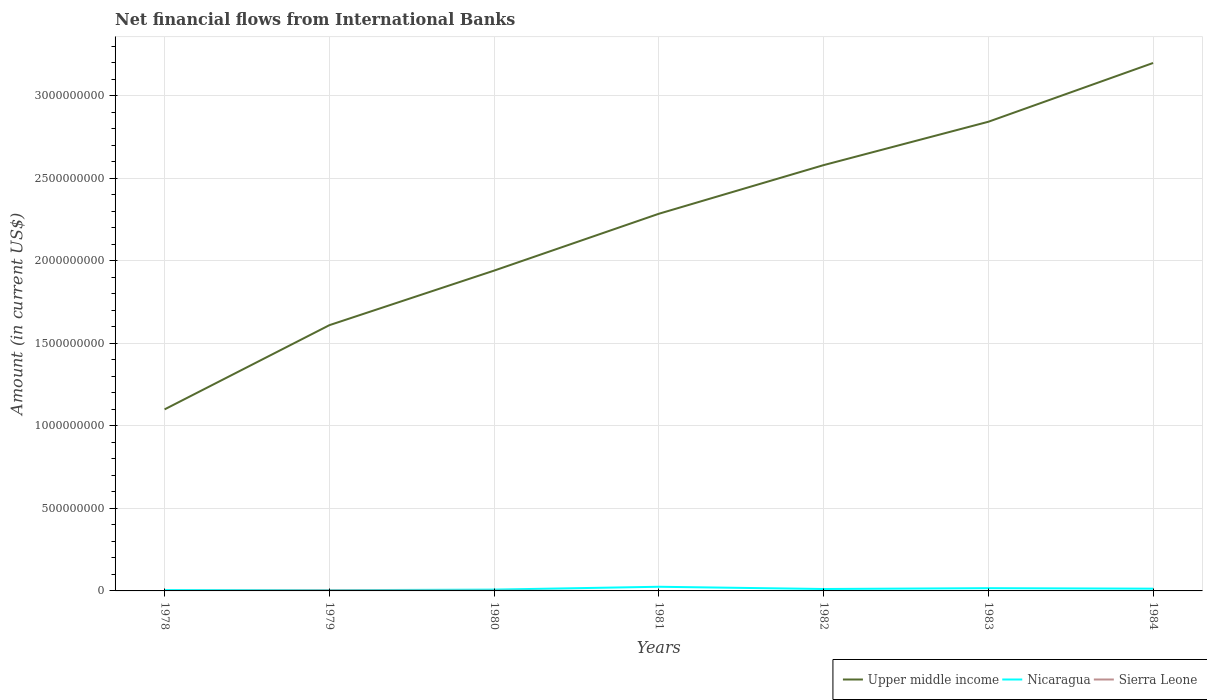
| Years | Upper middle income | Nicaragua | Sierra Leone |
 | --- | --- | --- | --- |
 | 1978 | 1.1e+09 | 5.04e+06 | -2.49e+05 |
 | 1979 | 1.61e+09 | 4.35e+06 | 2.85e+06 |
 | 1980 | 1.94e+09 | 7.92e+06 | 1.5e+06 |
 | 1981 | 2.29e+09 | 2.52e+07 | -8.78e+05 |
 | 1982 | 2.58e+09 | 1.16e+07 | -9.58e+05 |
 | 1983 | 2.84e+09 | 1.66e+07 | -6.31e+05 |
 | 1984 | 3.2e+09 | 1.36e+07 | -1.3e+06 |